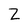
Character: Z